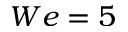
W e = 5